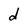
Character: d